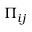
\Pi _ { i j }